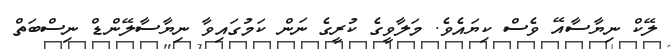
ލޭކް ނިޔާސާއޭ ވެސް ކިޔައެވެ. މަލާވީގެ ކުރީގެ ނަން ކަމުގައިވާ ނިޔާސާލޭންޑް ނިސްބަތް